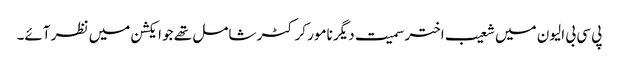
پی سی بی الیون میں شعیب اختر سمیت دیگر نامور کرکٹر شامل تھے جو ایکشن میں نظر آئے۔